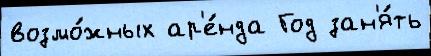
возмо́жных ар'е́нда Год зан'я́ть